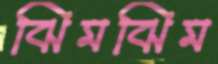
ঝিমঝিম